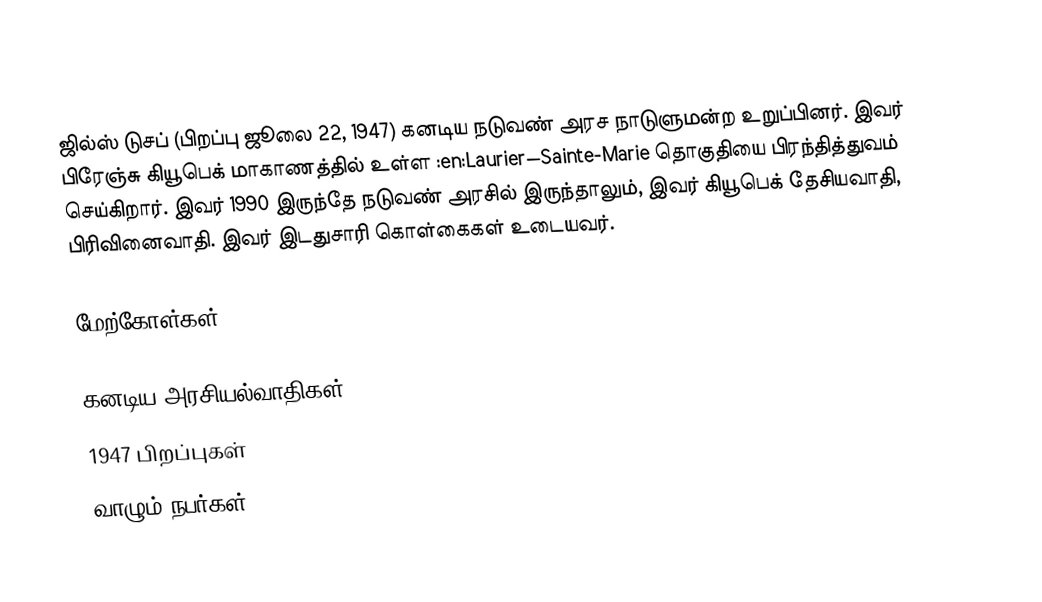
ஜில்ஸ் டுசப் (பிறப்பு ஜூலை 22, 1947) கனடிய நடுவண் அரச நாடுளுமன்ற உறுப்பினர்.  இவர் பிரேஞ்சு கியூபெக் மாகாணத்தில் உள்ள :en:Laurier—Sainte-Marie தொகுதியை பிரந்தித்துவம் செய்கிறார்.  இவர் 1990 இருந்தே நடுவண் அரசில் இருந்தாலும், இவர் கியூபெக் தேசியவாதி, பிரிவினைவாதி.  இவர் இடதுசாரி கொள்கைகள் உடையவர்.

மேற்கோள்கள்

கனடிய அரசியல்வாதிகள்
1947 பிறப்புகள்
வாழும் நபர்கள்